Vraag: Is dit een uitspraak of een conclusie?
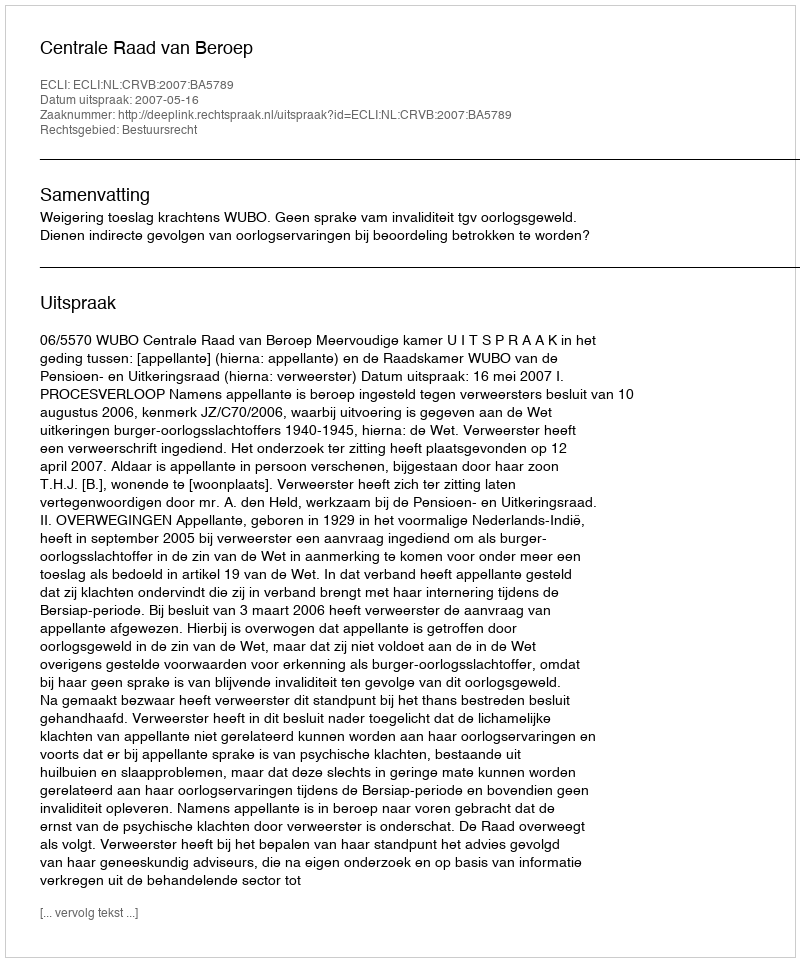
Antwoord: Uitspraak